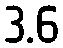
3.6